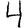
Digit: 4